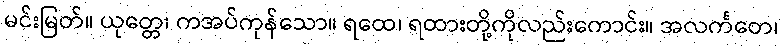
မင်းမြတ်။ ယုတ္တေ၊ ကအပ်ကုန်သော။ ရထေ၊ ရထားတို့ကိုလည်းကောင်း။ အလင်္ကတေ၊